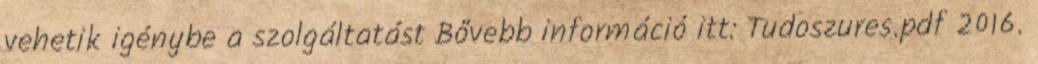
vehetik igénybe a szolgáltatást Bővebb információ itt: Tudoszures.pdf 2016.